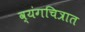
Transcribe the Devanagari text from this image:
व्यंगचित्रात